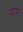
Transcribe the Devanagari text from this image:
मार।